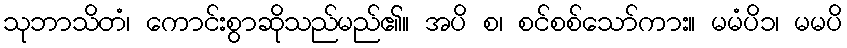
သုဘာသိတံ၊ ကောင်းစွာဆိုသည်မည်၏။ အပိ စ၊ စင်စစ်သော်ကား။ မမံပိ၁၊ မမပိ